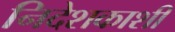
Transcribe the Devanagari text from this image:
निदेशकाशी